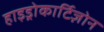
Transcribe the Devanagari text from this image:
हाइड्रोकार्टिज़ोन